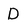
Character: D